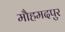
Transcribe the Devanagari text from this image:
मौहमदपुर